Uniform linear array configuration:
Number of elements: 8
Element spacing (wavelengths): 1
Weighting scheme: binomial
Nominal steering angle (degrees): -45
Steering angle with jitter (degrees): -44.814
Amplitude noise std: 0.05
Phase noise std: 0.05

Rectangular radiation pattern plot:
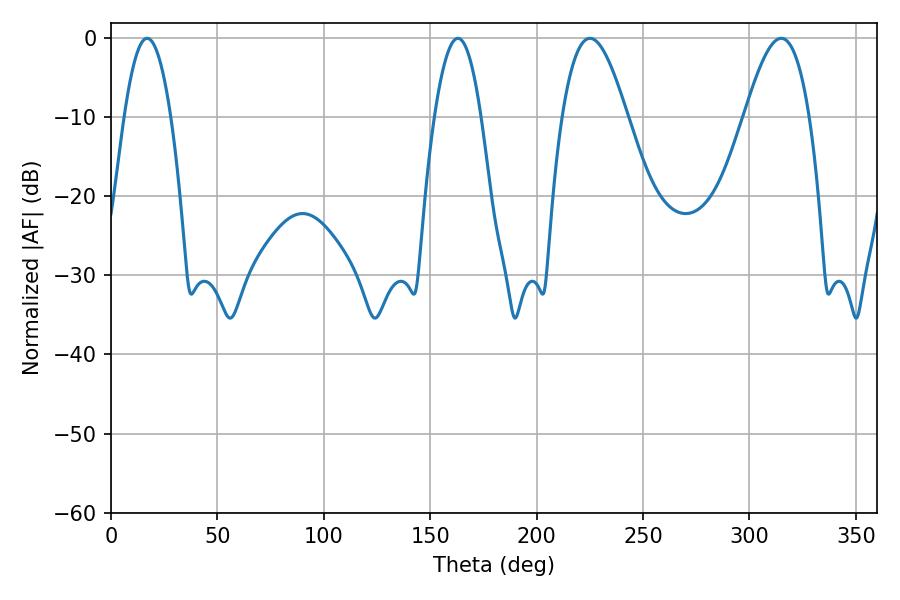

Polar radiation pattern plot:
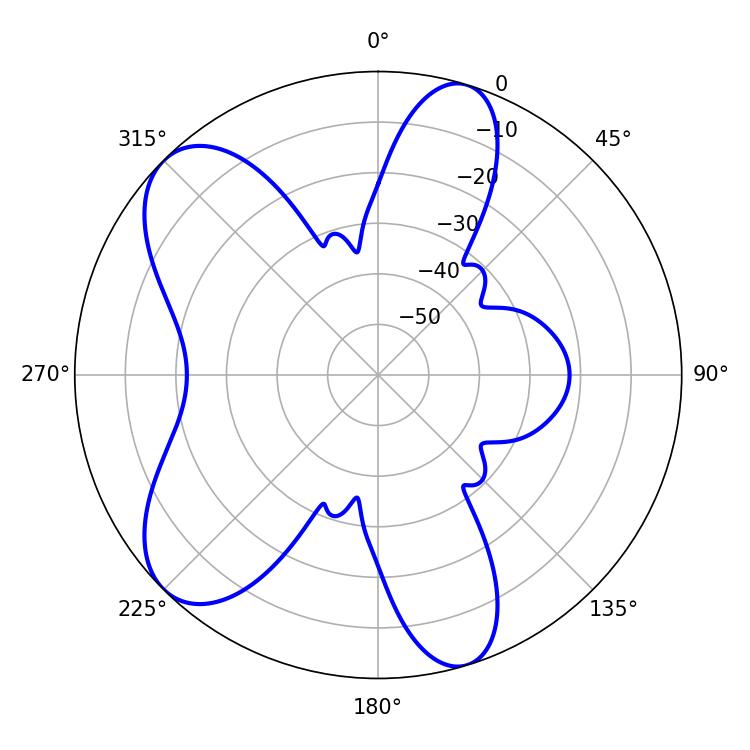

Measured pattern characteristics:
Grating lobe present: TRUE
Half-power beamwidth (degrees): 16.56
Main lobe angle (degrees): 225